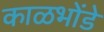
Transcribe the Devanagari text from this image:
काळभोंडे